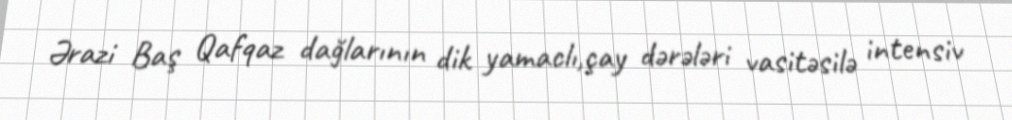
Ərazi Baş Qafqaz dağlarının dik yamaclı,çay dərələri vasitəsilə intensiv